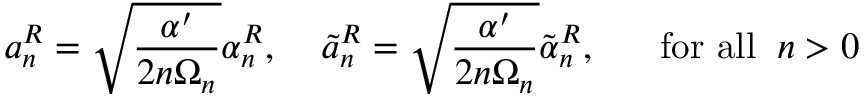
a _ { n } ^ { R } = \sqrt { \frac { \alpha ^ { \prime } } { 2 n \Omega _ { n } } } \alpha _ { n } ^ { R } , \; \; \; \; \tilde { a } _ { n } ^ { R } = \sqrt { \frac { \alpha ^ { \prime } } { 2 n \Omega _ { n } } } \tilde { \alpha } _ { n } ^ { R } , \; \; \; \; \; \; \mathrm { f o r ~ a l l } \; \; n > 0